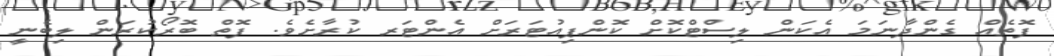
ފޮތެއް ގެންދާނަމަ އެކަން ލިސްޓްކޮށް ކޮންޕިއުޓަރަށް އެންޓަރ ކުރާށެވެ. ފޮތް ބޮރޯކުރަން ލިބެނީ